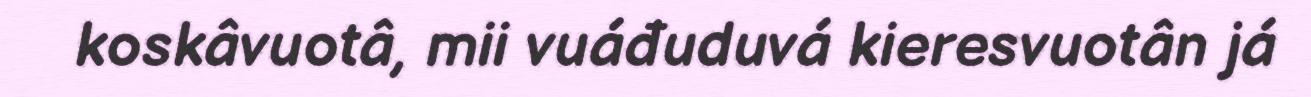
koskâvuotâ, mii vuáđuduvá kieresvuotân já